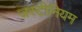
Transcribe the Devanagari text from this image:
जस्टीनियम